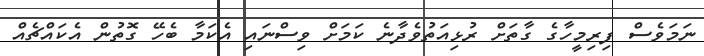
ނަމަވެސް ފިރިމީހާގެ ގާތަށް ރުޅިއަތުވެދާނެ ކަމަށް ވިސްނައި އެކަމާ ބެހޭ ގޮތުން އެކައްޗެއް